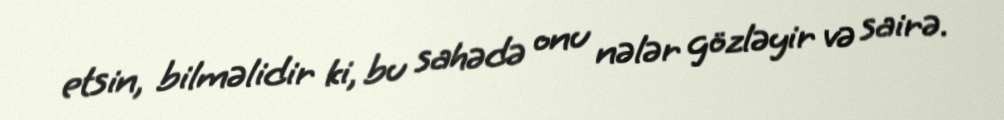
etsin, bilməlidir ki, bu sahədə onu nələr gözləyir və sairə.